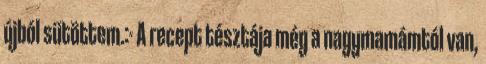
újból sütöttem.:- A recept tésztája még a nagymamámtól van,